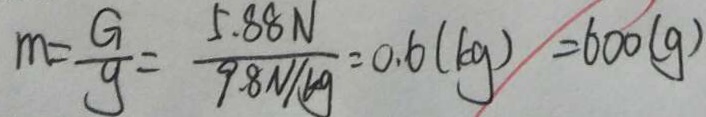
m = \frac { G } { g } = \frac { 5 . 8 8 N } { 9 . 8 N / k g } = 0 . 6 ( k g ) = 6 0 0 ( g )